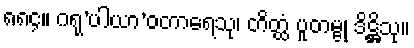
၈၈၄။ ဂရု’ပါယာ’ဝတာရေသု၊ တိတ္ထံ ပူတမ္ဗု ဒိဋ္ဌိသု။